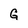
Character: G